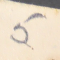
5